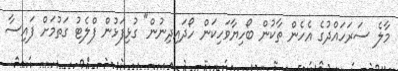
މާލެ ސަރަހައްދުގެ އެހެން ތާކުން ބޯހިޔާވަހިކަން ހޯދައިދިނުން" ގުޅިފަޅުން ފްލެޓު ގަތުމަށް ފައިސާ